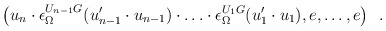
\begin{align*} \bigl(u_n\cdot\epsilon_\Omega^{U_{n-1}G}(u_{n-1}^\prime\cdot u_{n-1})\cdot\ldots\cdot\epsilon_\Omega^{U_1G}(u_1^\prime\cdot u_1),e,\ldots,e\bigr)\ \ .\end{align*}